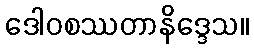
ဒေါဝစဿတာနိဒ္ဒေသ။